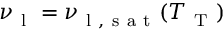
\nu _ { \mathrm { ~ l ~ } } = \nu _ { \mathrm { ~ l ~ , ~ s ~ a ~ t ~ } } ( T _ { \mathrm { ~ T ~ } } )